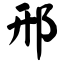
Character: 邢